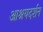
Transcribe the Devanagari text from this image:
आश्रयदर्शन